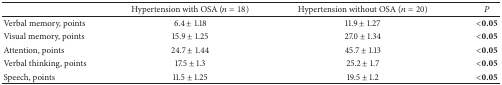
|  | Hypertension with OSA (n = 18) | Hypertension without OSA (n = 20) | P |
 | --- | --- | --- | --- |
 | Verbal memory, points | 6.4 ± 1.18 | 11.9 ± 1.27 | <0.05 |
 | Visual memory, points | 15.9 ± 1.25 | 27.0 ± 1.34 | <0.05 |
 | Attention, points | 24.7 ± 1.44 | 45.7 ± 1.13 | <0.05 |
 | Verbal thinking, points | 17.5 ± 1.3 | 25.2 ± 1.7 | <0.05 |
 | Speech, points | 11.5 ± 1.25 | 19.5 ± 1.2 | <0.05 |